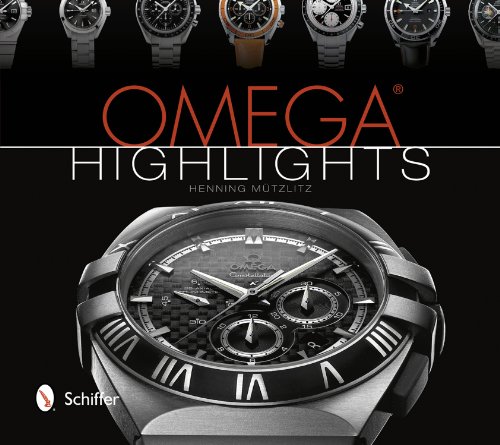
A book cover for Omega Highlights; Henning Mutzlitz; Crafts, Hobbies & Home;